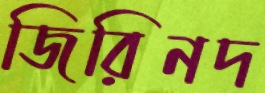
জিরিনদ